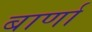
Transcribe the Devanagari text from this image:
बार्णा